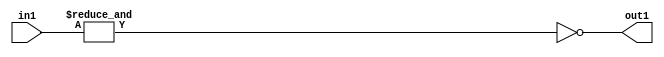
`timescale 1ps / 1ps
/*****************************************************************************
    Verilog RTL Description
    
    
    Created by: Stratus DpOpt 2019.1.01 
*******************************************************************************/

module feature_write_addr_gen_Nei7u3_4 (
	in1,
	out1
	); /* architecture "behavioural" */ 
input [2:0] in1;
output  out1;
wire  asc001,
	asc002;

assign asc002 = 
	(&in1);

assign asc001 = 
	((~asc002));

assign out1 = asc001;
endmodule

/* CADENCE  ubH0Qwk= : u9/ySgnWtBlWxVPRXgAZ4Og= ** DO NOT EDIT THIS LINE ******/